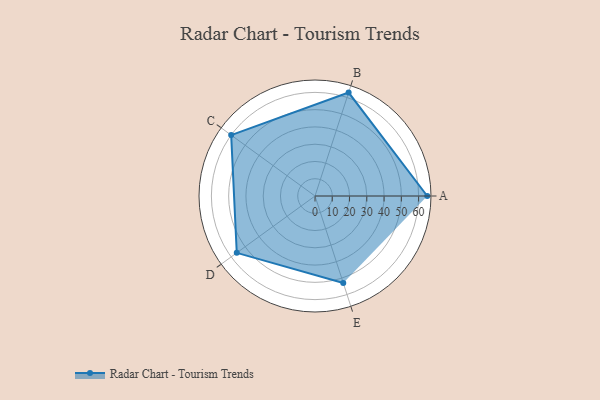
{"axis": {"x": "Skill", "y": "Score"}, "legend": ["Profile"], "data": [{"x": "A", "y": 65.0, "type": "Profile"}, {"x": "B", "y": 63.0, "type": "Profile"}, {"x": "C", "y": 60.0, "type": "Profile"}, {"x": "D", "y": 56.0, "type": "Profile"}, {"x": "E", "y": 53.0, "type": "Profile"}]}